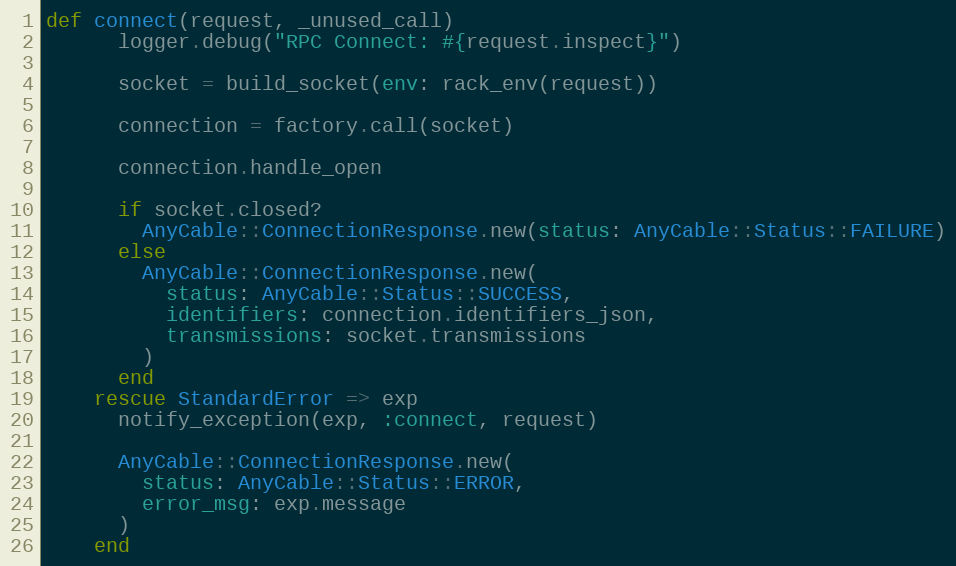
Language: Ruby
def connect(request, _unused_call)
      logger.debug("RPC Connect: #{request.inspect}")

      socket = build_socket(env: rack_env(request))

      connection = factory.call(socket)

      connection.handle_open

      if socket.closed?
        AnyCable::ConnectionResponse.new(status: AnyCable::Status::FAILURE)
      else
        AnyCable::ConnectionResponse.new(
          status: AnyCable::Status::SUCCESS,
          identifiers: connection.identifiers_json,
          transmissions: socket.transmissions
        )
      end
    rescue StandardError => exp
      notify_exception(exp, :connect, request)

      AnyCable::ConnectionResponse.new(
        status: AnyCable::Status::ERROR,
        error_msg: exp.message
      )
    end